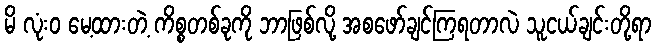
မိ လုံးဝ မေ့ထားတဲ့ ကိစ္စတစ်ခုကို ဘာဖြစ်လို့ အစဖော်ချင်ကြရတာလဲ သူငယ်ချင်းတို့ရာ